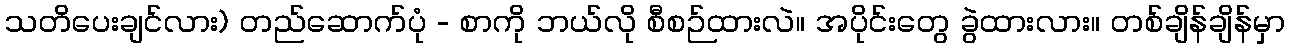
သတိပေးချင်လား) တည်ဆောက်ပုံ - စာကို ဘယ်လို စီစဉ်ထားလဲ။ အပိုင်းတွေ ခွဲထားလား။ တစ်ချိန်ချိန်မှာ